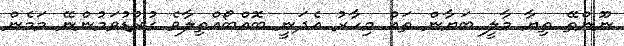
ނޫންތޭ ތިޔާ މާލީ ބަޔާން ތައް މިހާރު އެދަނީ ބޮއްބޯއްތިލާވެ ގުރުޑުވަމުންނޭ މަމެން